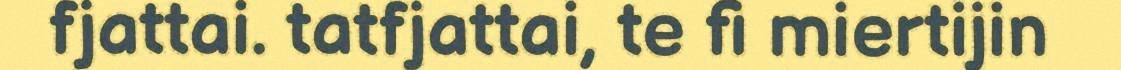
fjattai. tatfjattai, te fi miertijin